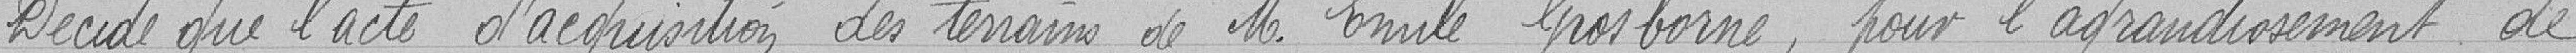
Décide que l'acte d'acquisition des terrains de Monsieur Emile Grosborne, pour l'agrandissement de